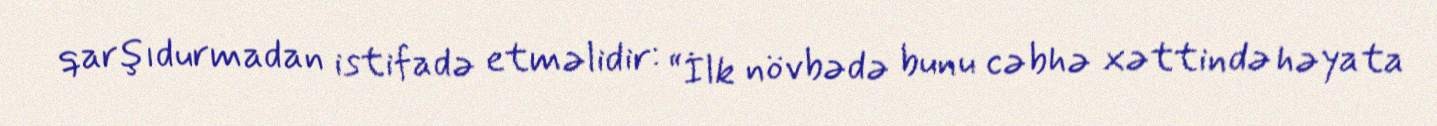
qarşıdurmadan istifadə etməlidir: “İlk növbədə bunu cəbhə xəttində həyata